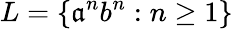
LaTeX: L=\{ \mathfrak{a}^{n}b^{n}:n\geq1\}